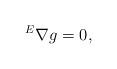
LaTeX: \begin{gather*} {}^E\nabla g = 0 ,\end{gather*}